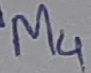
Text: M4